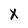
Character: x